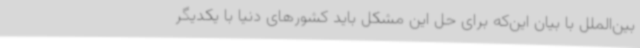
بین‌الملل با بیان این‌که برای حل این مشکل باید کشورهای دنیا با یکدیگر